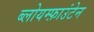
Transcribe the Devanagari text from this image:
ब्लोयम्फ़ाउंटेन